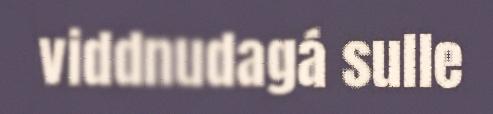
viddnudagá sulle